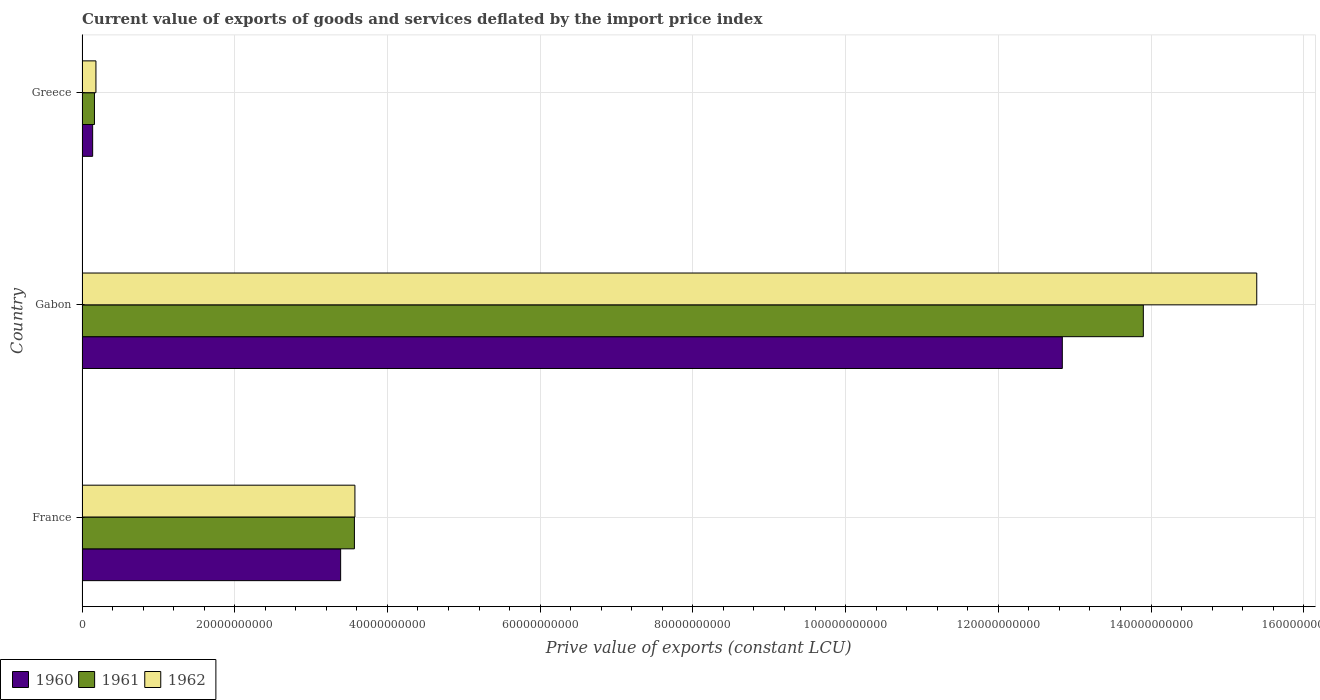
| Country | 1960 | 1961 | 1962 |
 | --- | --- | --- | --- |
 | France | 3.39e+10 | 3.57e+10 | 3.57e+10 |
 | Gabon | 1.28e+11 | 1.39e+11 | 1.54e+11 |
 | Greece | 1.4e+09 | 1.63e+09 | 1.83e+09 |